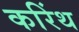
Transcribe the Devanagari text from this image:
करिंथ